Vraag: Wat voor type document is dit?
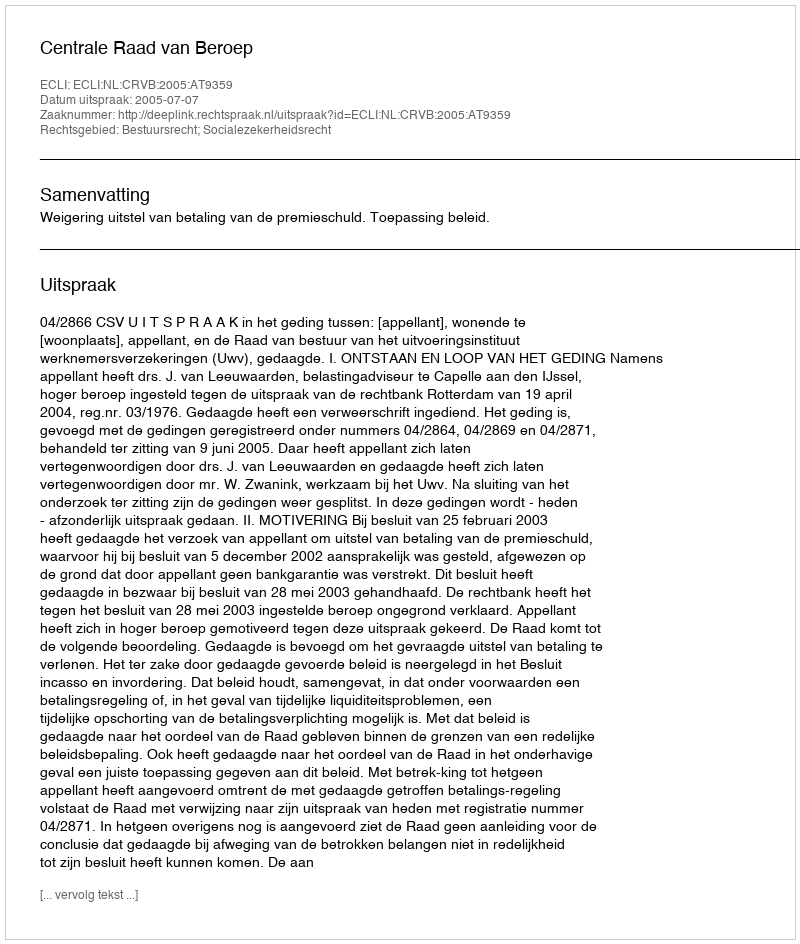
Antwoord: Uitspraak